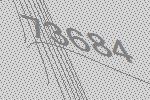
73684